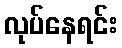
လုပ်နေရင်း